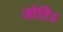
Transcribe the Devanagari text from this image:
जोति॥